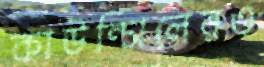
কাউন্সিলেরও